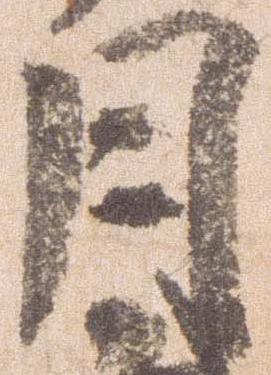
月